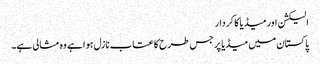
الیکشن اور میڈیا کا کردار
پاکستان میں میڈیا پر جس طرح کا عتاب نازل ہوا ہے وہ مثالی ہے۔